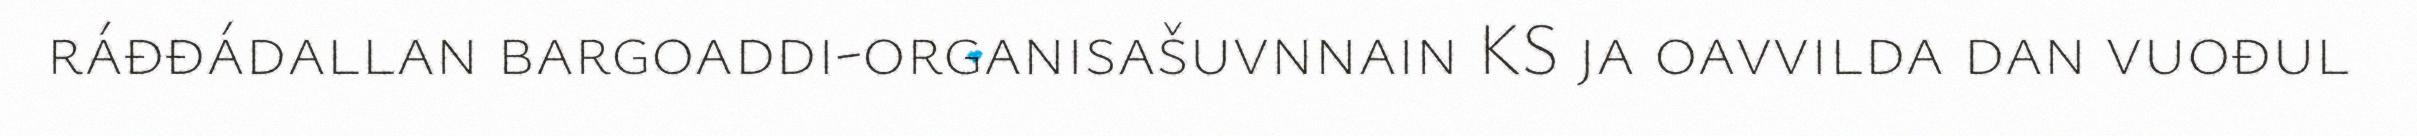
ráđđádallan bargoaddi-organisašuvnnain KS ja oavvilda dan vuođul